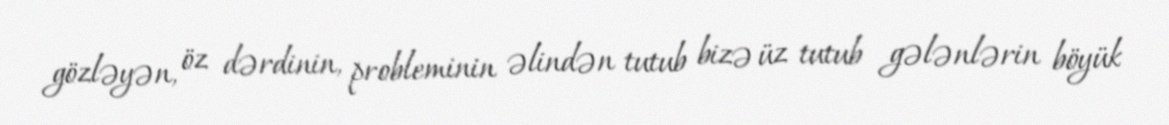
gözləyən, öz dərdinin, probleminin əlindən tutub bizə üz tutub gələnlərin böyük